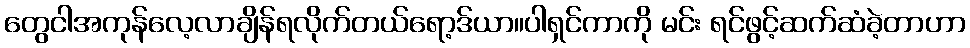
တွေငါအကုန်လေ့လာချိန်ရလိုက်တယ်ရော့ဒ်ယာ။ပါရှင်ကာကို မင်း ရင်ဖွင့်ဆက်ဆံခဲ့တာဟာ